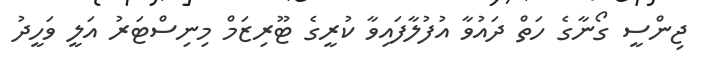
ޖިންސީ ގޯނާގެ ހަތް ދައުވާ އުފުލާފައިވާ ކުރީގެ ޓޫރިޒަމް މިނިސްޓަރު އަލީ ވަހީދު